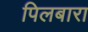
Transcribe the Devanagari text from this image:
पिलबारा